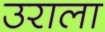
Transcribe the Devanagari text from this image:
उराला